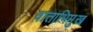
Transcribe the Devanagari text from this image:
वाताभिमुख